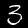
Label: 3